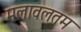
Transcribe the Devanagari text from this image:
मलावलतम